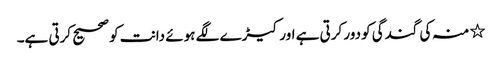
٭ منہ کی گندگی کو دور کرتی ہے اور کیڑے لگے ہوئے دانت کو صحیح کرتی ہے۔